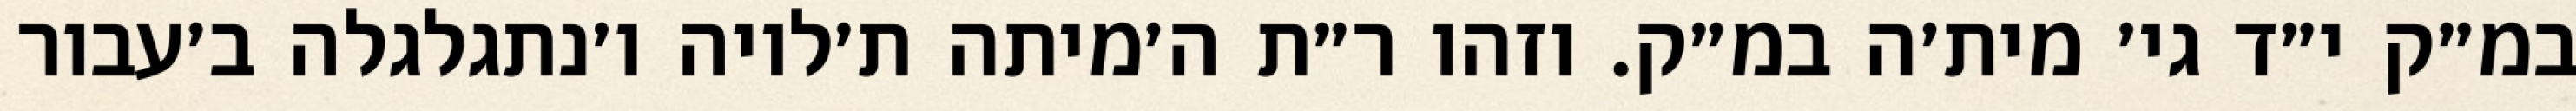
במ״ק י״ד גי׳ מית׳ה במ״ק. וזהו ר״ת ה׳מיתה ת׳לויה ו׳נתגלגלה ב׳עבור